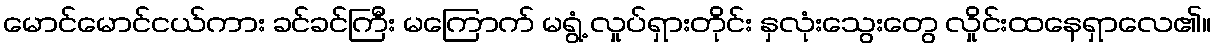
မောင်မောင်ငယ်ကား ခင်ခင်ကြီး မကြောက် မရွံ့ လှုပ်ရှားတိုင်း နှလုံးသွေးတွေ လှိုင်းထနေရှာလေ၏။